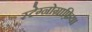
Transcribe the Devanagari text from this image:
स्टेग्नोग्राफ़िया